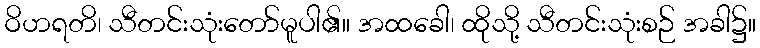
ဝိဟရတိ၊ သီတင်းသုံးတော်မူပါ၏။ အထခေါ၊ ထိုသို့ သီတင်းသုံးစဉ် အခါ၌။